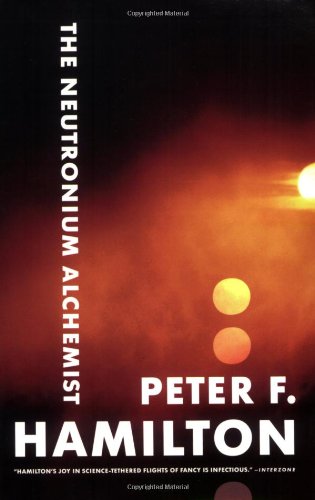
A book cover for The Neutronium Alchemist (The Night's Dawn); Peter F. Hamilton; Science Fiction & Fantasy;